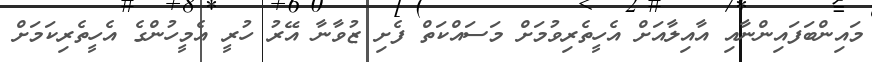
މައިންބަފައިންނާއި އާއިލާއަށް އެހީތެރިވުމަށް މަސައްކަތް ފެށި ޒުވާނާ އޭރު ހުރީ އެމީހުންގެ އެހީތެރިކަމަށް